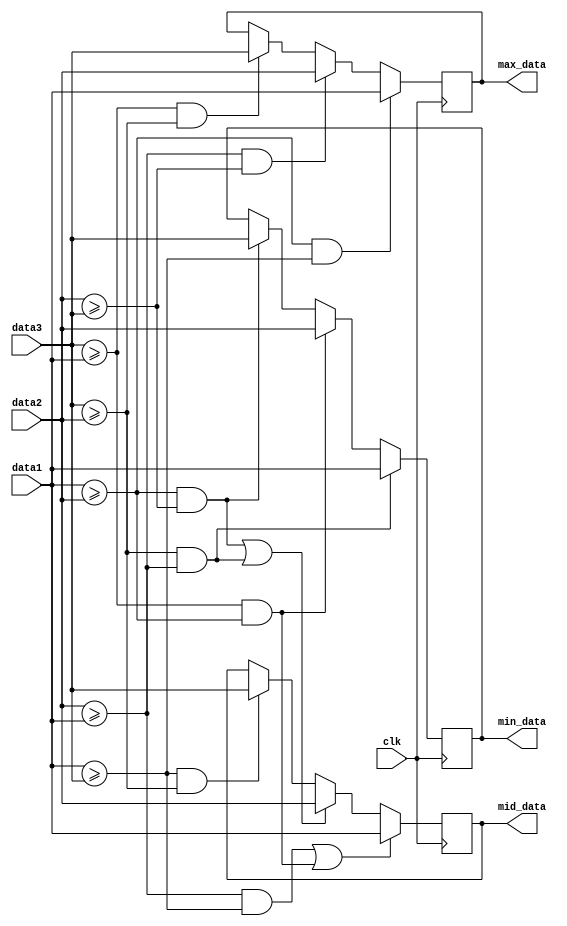
module sort
//========================<  >==========================================
(
//system --------------------------------------------
input   wire                clk                     ,
//input ---------------------------------------------
input   wire    [7:0]       data1                   ,
input   wire    [7:0]       data2                   ,
input   wire    [7:0]       data3                   ,
//output --------------------------------------------
output  reg     [7:0]       max_data                , //
output  reg     [7:0]       mid_data                , //
output  reg     [7:0]       min_data                  //
);
//==========================================================================
//==    
//==========================================================================
always @(posedge clk) begin
    if(data1 >= data2 && data1 >= data3)
        max_data <= data1;
    else if(data2 >= data1 && data2 >= data3)
        max_data <= data2;
    else if(data3 >= data1 && data3 >= data2)
        max_data <= data3;
end
//==========================================================================
//==    
//==========================================================================
always @(posedge clk) begin
    if((data2 >= data1 && data1 >= data3) || (data3 >= data1 && data1 >= data2))
        mid_data <= data1;
    else if((data1 >= data2 && data2 >= data3) || (data3 >= data2 && data2 >= data1))
        mid_data <= data2;
    else if((data1 >= data3 && data3 >= data2) || (data1 >= data3 && data3 >= data2))
        mid_data <= data3;
end
//==========================================================================
//==    
//==========================================================================
always @(posedge clk) begin
     if(data3 >= data2 && data2 >= data1)
        min_data <= data1;
    else if(data3 >= data1 && data1 >= data2)
        min_data <= data2;
    else if(data1 >= data2 && data2 >= data3)
        min_data <= data3;
end

endmodule